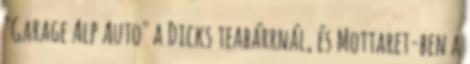
"Garage Alp Auto" a Dicks teabárrnál, és Mottaret-ben a